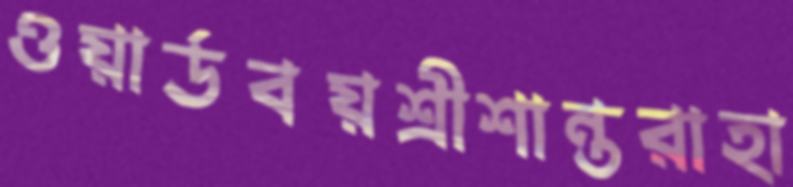
ওয়ার্ডবয়শ্রীশান্তরাহা